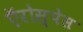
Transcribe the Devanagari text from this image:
ऍरोस्पेस